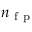
n _ { \mathrm { ~ f ~ p ~ } }